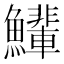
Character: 𫚄